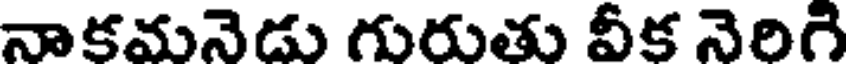
నాకమనెడు గురుతు వీక నెరిగి